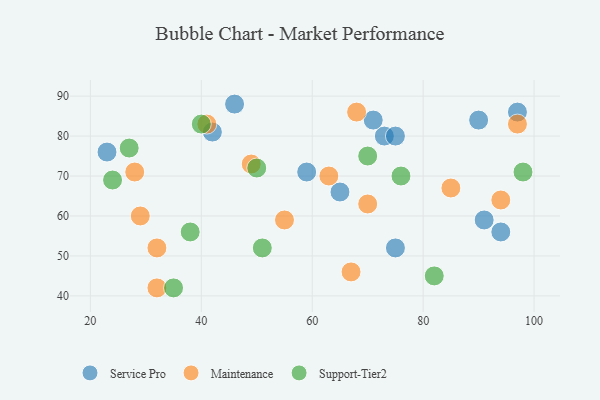
{"axis": {"x": "GDP", "y": "Life Expectancy"}, "legend": ["Maintenance", "Service Pro", "Support-Tier2"], "data": [{"x": "73", "y": 80, "type": "Service Pro"}, {"x": "42", "y": 81, "type": "Service Pro"}, {"x": "46", "y": 88, "type": "Service Pro"}, {"x": "91", "y": 59, "type": "Service Pro"}, {"x": "75", "y": 80, "type": "Service Pro"}, {"x": "59", "y": 71, "type": "Service Pro"}, {"x": "94", "y": 56, "type": "Service Pro"}, {"x": "71", "y": 84, "type": "Service Pro"}, {"x": "75", "y": 52, "type": "Service Pro"}, {"x": "97", "y": 86, "type": "Service Pro"}, {"x": "90", "y": 84, "type": "Service Pro"}, {"x": "65", "y": 66, "type": "Service Pro"}, {"x": "23", "y": 76, "type": "Service Pro"}, {"x": "70", "y": 63, "type": "Maintenance"}, {"x": "55", "y": 59, "type": "Maintenance"}, {"x": "63", "y": 70, "type": "Maintenance"}, {"x": "67", "y": 46, "type": "Maintenance"}, {"x": "29", "y": 60, "type": "Maintenance"}, {"x": "94", "y": 64, "type": "Maintenance"}, {"x": "41", "y": 83, "type": "Maintenance"}, {"x": "32", "y": 52, "type": "Maintenance"}, {"x": "49", "y": 73, "type": "Maintenance"}, {"x": "28", "y": 71, "type": "Maintenance"}, {"x": "97", "y": 83, "type": "Maintenance"}, {"x": "85", "y": 67, "type": "Maintenance"}, {"x": "68", "y": 86, "type": "Maintenance"}, {"x": "32", "y": 42, "type": "Maintenance"}, {"x": "38", "y": 56, "type": "Support-Tier2"}, {"x": "76", "y": 70, "type": "Support-Tier2"}, {"x": "98", "y": 71, "type": "Support-Tier2"}, {"x": "50", "y": 72, "type": "Support-Tier2"}, {"x": "27", "y": 77, "type": "Support-Tier2"}, {"x": "35", "y": 42, "type": "Support-Tier2"}, {"x": "70", "y": 75, "type": "Support-Tier2"}, {"x": "40", "y": 83, "type": "Support-Tier2"}, {"x": "24", "y": 69, "type": "Support-Tier2"}, {"x": "51", "y": 52, "type": "Support-Tier2"}, {"x": "82", "y": 45, "type": "Support-Tier2"}]}